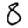
Digit: 8